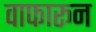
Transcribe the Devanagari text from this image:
वाफारून